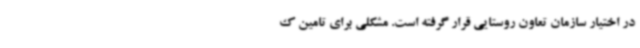
در اختیار سازمان تعاون روستایی قرار گرفته است. مشکلی برای تامین ک